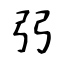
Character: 弜